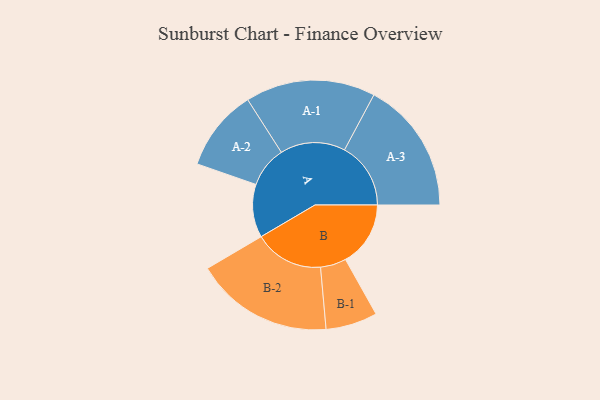
{"axis": {"x": "Segment", "y": "Value"}, "legend": ["", "A", "B"], "data": [{"x": "A", "y": 216, "type": ""}, {"x": "B", "y": 264, "type": ""}, {"x": "A-1", "y": 264, "type": "A"}, {"x": "A-2", "y": 166, "type": "A"}, {"x": "A-3", "y": 269, "type": "A"}, {"x": "B-1", "y": 105, "type": "B"}, {"x": "B-2", "y": 281, "type": "B"}]}